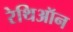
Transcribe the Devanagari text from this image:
रेथिऑन